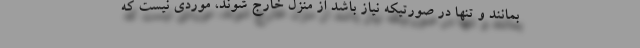
بمانند و تنها در صورتیکه نیاز باشد از منزل خارج شوند، موردی نیست که